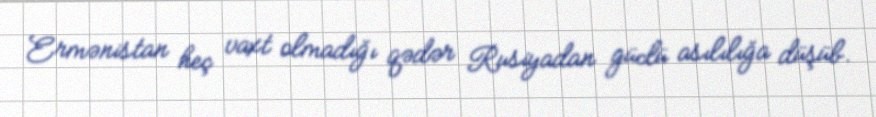
Ermənistan heç vaxt olmadığı qədər Rusiyadan güclü asılılığa düşüb.